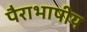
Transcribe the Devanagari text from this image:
पैराभाषीय